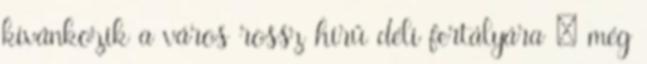
kívánkozik a város rossz hírű déli fertályára – még